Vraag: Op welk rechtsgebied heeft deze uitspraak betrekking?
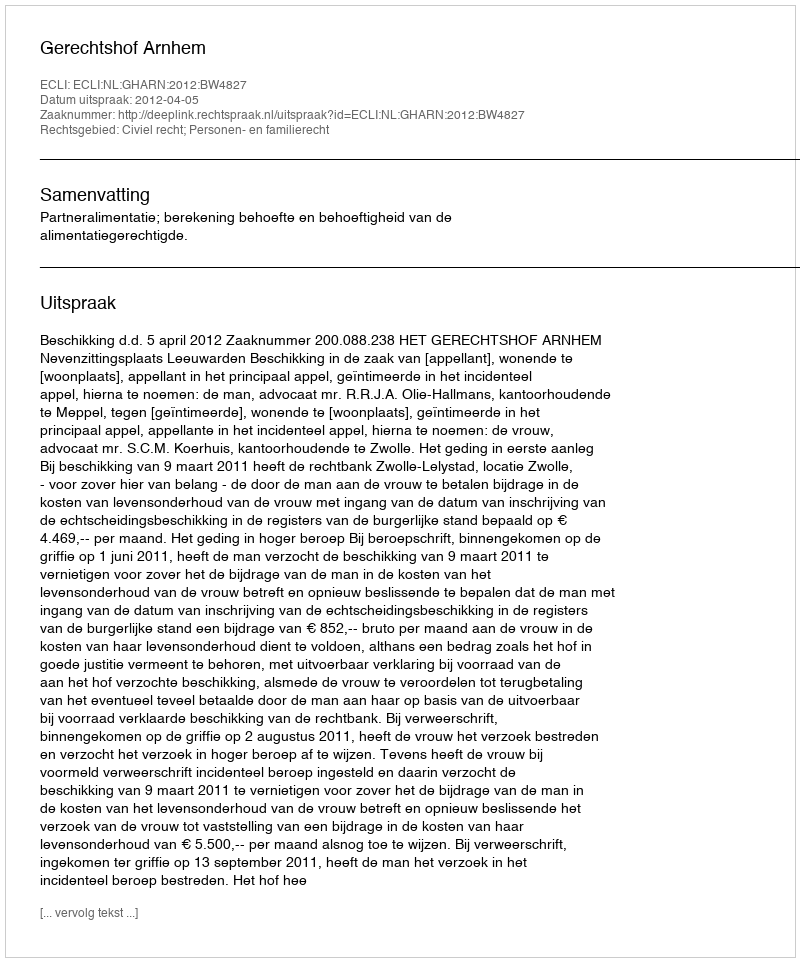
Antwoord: Civiel recht; Personen- en familierecht